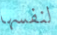
لنفسها